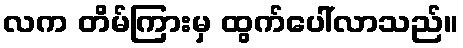
လက တိမ်ကြားမှ ထွက်ပေါ်လာသည်။